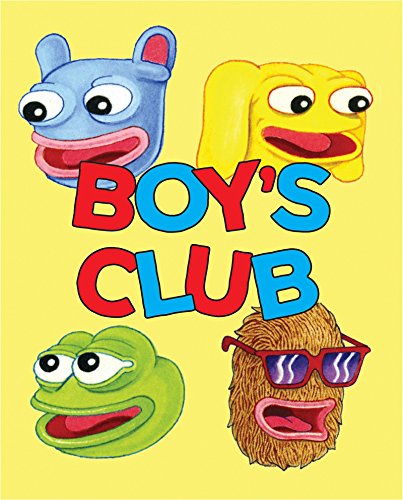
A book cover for Boy's Club; Matt Furie; Comics & Graphic Novels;